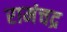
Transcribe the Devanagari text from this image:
रामंचद्र